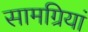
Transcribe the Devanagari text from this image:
सामग्रियां